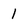
Character: 1